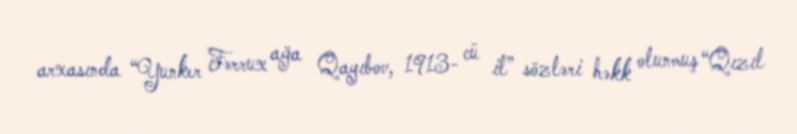
arxasında “Yunker Fərrux ağa Qayıbov, 1913- cü il” sözləri həkk olunmuş “Qızıl